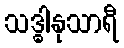
သဒ္ဓါနုသာရီ